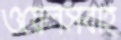
ওয়েলসবাহ